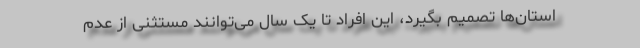
استان‌ها تصمیم بگیرد، این افراد تا یک سال می‌توانند مستثنی از عدم